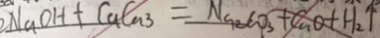
2 N a O H + C u C a _ { 3 } = N a _ { 2 } C O _ { 3 } + C u O + H _ { 2 } \uparrow